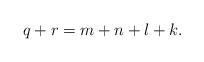
LaTeX: \begin{align*}q+r=m+n+l+k.\end{align*}